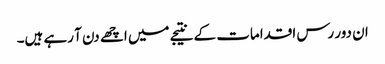
ان دور رس اقدامات کے نتیجے میں اچھے دن آ رہے ہیں۔